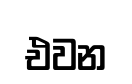
එවන